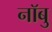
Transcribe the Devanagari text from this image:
नॉबु